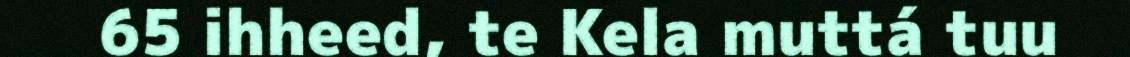
65 ihheed, te Kela muttá tuu